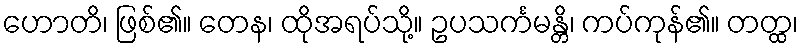
ဟောတိ၊ ဖြစ်၏။ တေန၊ ထိုအရပ်သို့။ ဥပသင်္ကမန္တိ၊ ကပ်ကုန်၏။ တတ္ထ၊